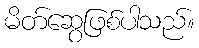
မိတ်ဆွေဖြစ်ပါသည်။